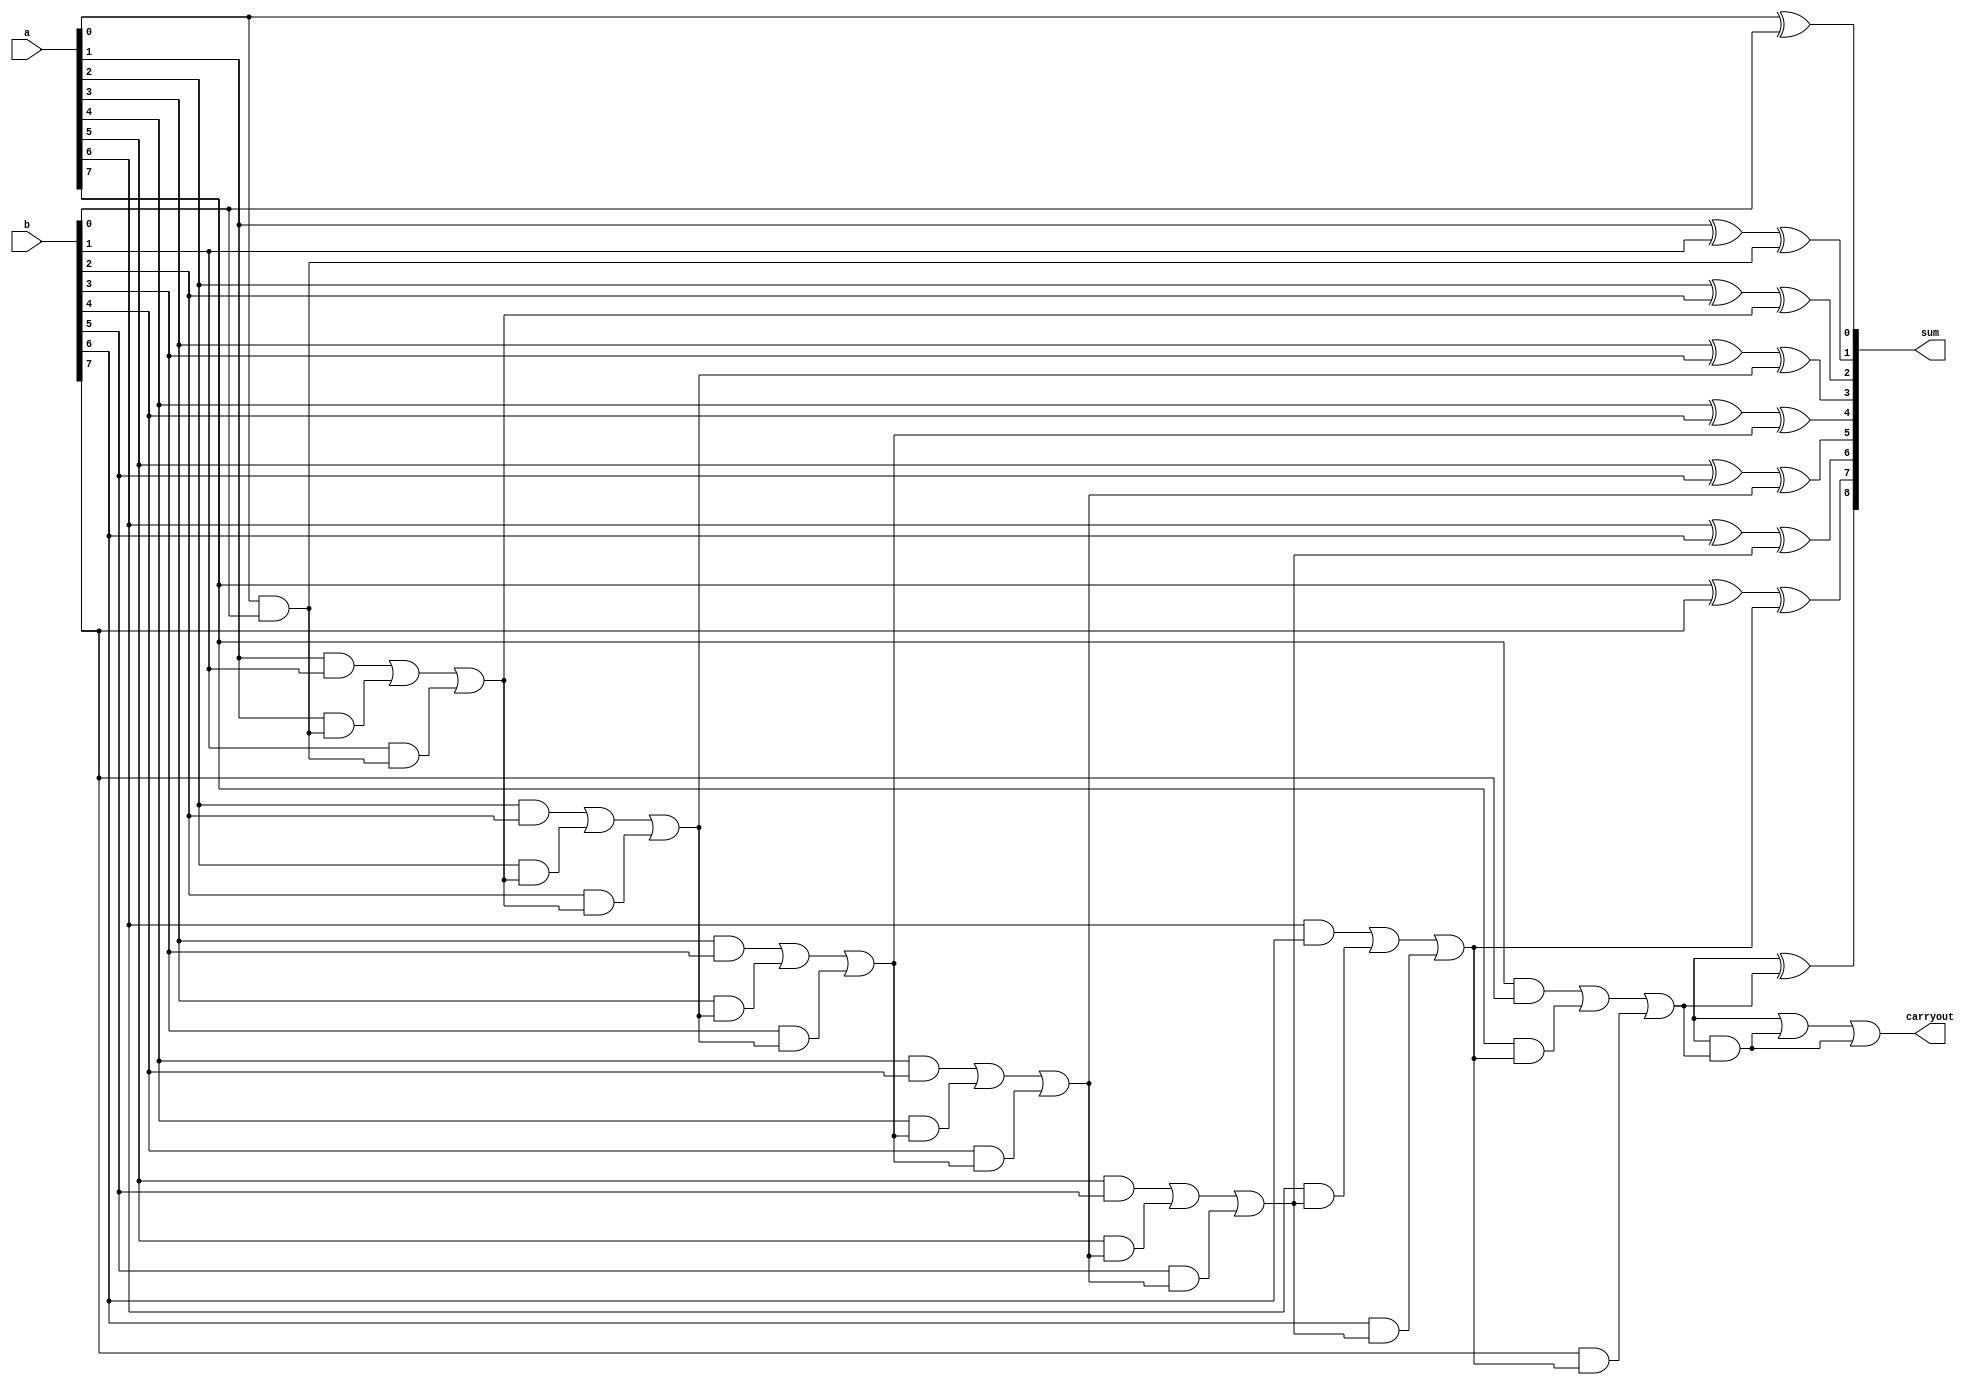
module kogge_stone_adder (
    input [7:0] a, // input operand A
    input [7:0] b, // input operand B
    output [8:0] sum, // output sum
    output carryout // output carryout
);

wire [8:0] c; // internal carry signals

// First level of XOR gates and AND gates
assign c[0] = a[0] & b[0];
assign sum[0] = a[0] ^ b[0];
assign c[1] = a[1] & b[1] | a[1] & c[0] | b[1] & c[0];
assign sum[1] = a[1] ^ b[1] ^ c[0];

// Subsequent levels of XOR gates and AND gates
// Implement the hierarchical structure using for loops
genvar i;
generate
    for (i = 2; i < 9; i = i + 1) begin : generate_adder_level
        assign c[i] = a[i] & b[i] | a[i] & c[i-1] | b[i] & c[i-1];
        assign sum[i] = a[i] ^ b[i] ^ c[i-1];
    end
endgenerate

assign carryout = c[8]; // Final carryout is the carryout from the last stage

endmodule